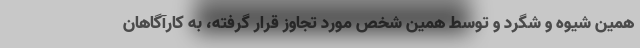
همین شیوه و شگرد و توسط همین شخص مورد تجاوز قرار گرفته، به کارآگاهان